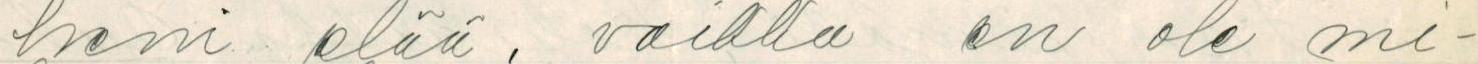
heni elää, vaikka en ole mi-